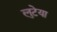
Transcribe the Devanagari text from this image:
लुटेया